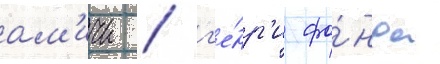
ам'ичи / г'е́нр'и фо́нда